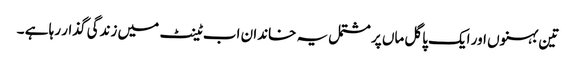
تین بہنوں اور ایک پاگل ماں پر مشتمل یہ خاندان اب ٹینٹ میں زندگی گذار رہا ہے ۔